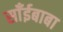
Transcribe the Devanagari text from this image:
साँईबाबा